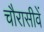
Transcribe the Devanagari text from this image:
चौरासीवें